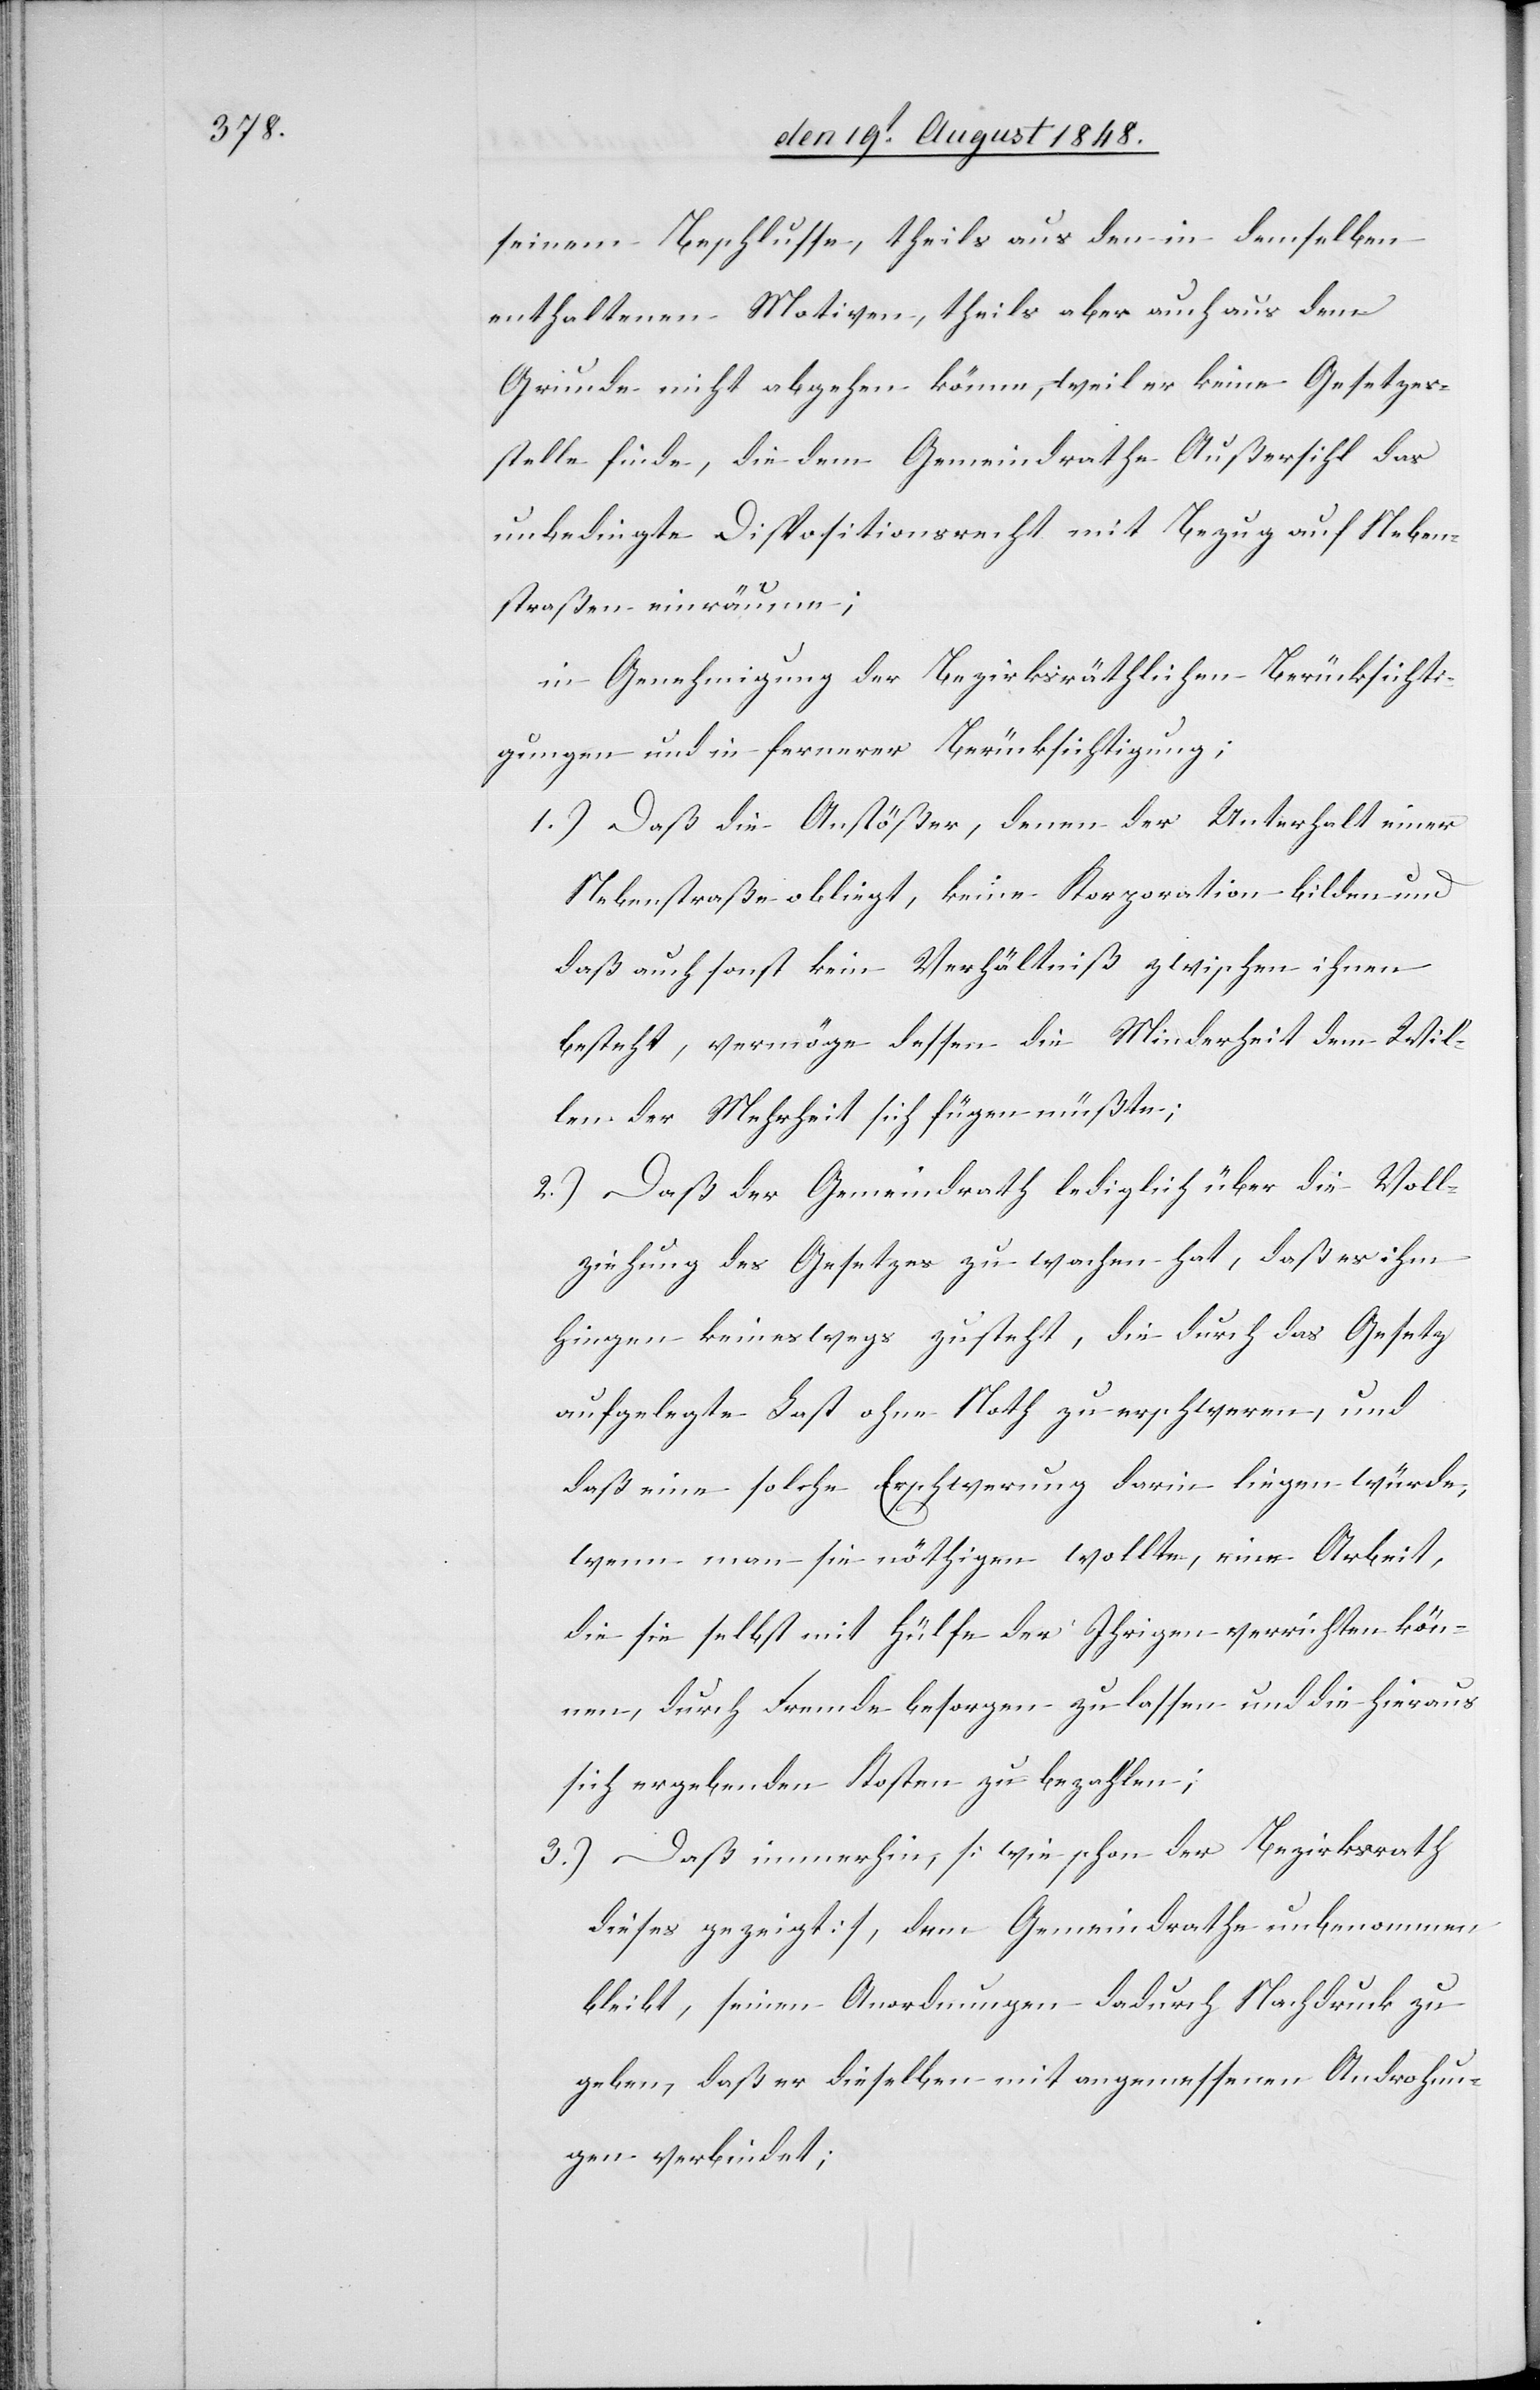
seinem Beschlusse, theils aus den in demselben
enthaltenen Motiven, theils aber auch aus dem
Grunde nicht abgehen könne, weil er keine Gesetzes¬
stelle finde, die dem Gemeindrathe Außersihl das
unbedingte Dispositionsrecht mit Bezug auf Neben¬
straßen einräume;
in Genehmigung der Bezirksräthlichen Berücksichti¬
gungen und in fernerer Berücksichtigung:
1.) Daß die Anstößer, denen der Unterhalt einer
Nebenstraße obliegt, keine Korporation bilden und
daß auch sonst kein Verhältniß zwischen ihnen
besteht, vermöge dessen die Minderheit dem Wil¬
len der Mehrheit sich fügen müßte;
2.) Daß der Gemeindrath lediglich über die Voll¬
ziehung des Gesetzes zu wachen hat, daß es ihm
hinge[ge]n keineswegs zusteht, die durch das Gesetz
aufgelegte Last ohne Noth zu erschweren, und
daß eine solche Erschwerung darin liegen würde,
wenn man sie nöthigen wollte, eine Arbeit,
die sie selbst mit Hülfe der Ihrigen verrichten kön¬
nen, durch Fremde besorgen zu lassen und die hieraus
sich ergebenden Kosten zu bezahlen;
3.) Daß immerhin, [wie schon der Bezirksrath
dieses gezeigt], dem Gemeindrathe unbenommen
bleibt, seinen Anordnungen dadurch Nachdruck zu
geben, daß er dieselben mit angemessenen Androhun¬
gen verbindet;